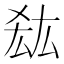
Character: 𭆠